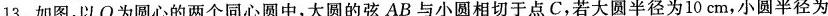
13.如图，以О为圆心的两个同心圆中，大圆的弦AB与小圆相切于点C，若大圆半径为10cm，小圆半径为